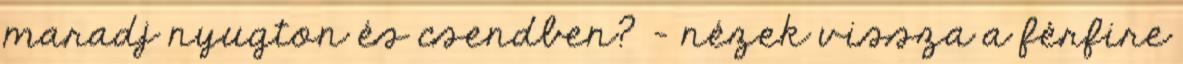
maradj nyugton és csendben? – nézek vissza a férfire